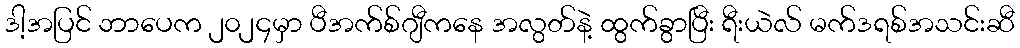
ဒါ့အပြင် ဘာပေက ၂၀၂၄မှာ ပီအက်စ်ဂျီကနေ အလွတ်နဲ့ ထွက်ခွာပြီး ရီးယဲလ် မက်ဒရစ်အသင်းဆီ